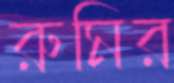
রুমির